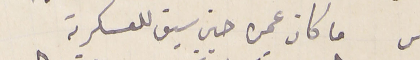
ما كان عمره حين سيق للعسكرية